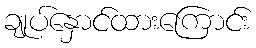
ချုပ်နှောင်ထားကြောင်း